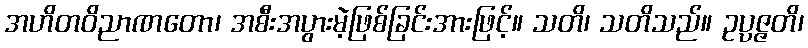
အဟိတဝိညာဏတော၊ အစီးအပွားမဲ့ဖြစ်ခြင်းအားဖြင့်။ သတိ၊ သတိသည်။ ဥပ္ပဇ္ဇတိ၊